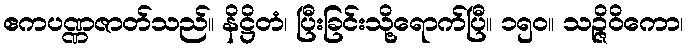
ဧကပဏ္ဏဇာတ်သည်။ နိဋ္ဌိတံ၊ ပြီးခြင်းသို့ရောက်ပြီ။ ၁၅၀။ သဉ္ဇိဝိကော၊